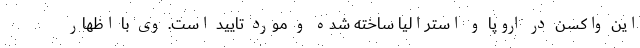
این واکسن در اروپا و استرالیا ساخته شده و مورد تایید است. وی با اظهار